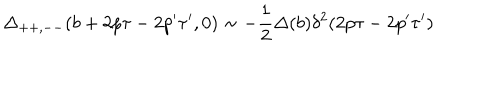
\Delta _ { + + , -- } ( b + 2 p \tau - 2 p ^ { \prime } \tau ^ { \prime } , 0 ) \sim - \frac { 1 } { 2 } \Delta ( b ) \delta ^ { 2 } ( 2 p \tau - 2 p ^ { \prime } \tau ^ { \prime } )